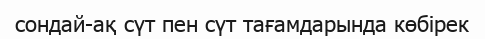
сондай-ақ сүт пен сүт тағамдарында көбірек